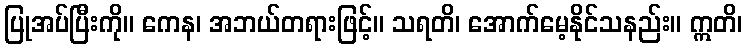
ပြုအပ်ပြီးကို။ ကေန၊ အဘယ်တရားဖြင့်။ သရတိ၊ အောက်မေ့နိုင်သနည်း။ ဣတိ၊